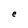
Character: e